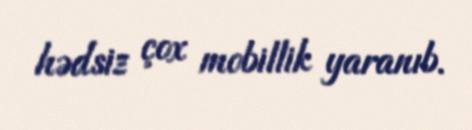
hədsiz çox mobillik yaranıb.